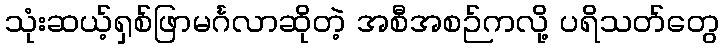
သုံးဆယ့်ရှစ်ဖြာမင်္ဂလာဆိုတဲ့ အစီအစဉ်ကလို့ ပရိသတ်တွေ